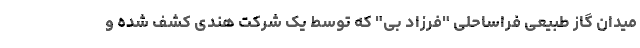
میدان گاز طبیعی فراساحلی "فرزاد بی" که توسط یک شرکت هندی کشف شده و